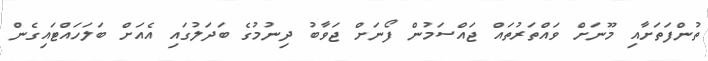
ތުންފަތަށާއި މޫނަށް ވައްތަރުތައް ޖައްސަމުން ފޯނަށް ޖަވާބު ދިނުމުގެ ބަދަލުގައި އެއަށް ބަލަހައްޓައިގެން